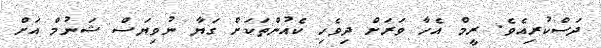
ދަސްކުރިއެވެ. ރީމް އެހާ ވަރަށް ދިވެހި ކެއުންތަކަށް ގަޔާ ނުވިޔަސް ޝަނުމް އަށް